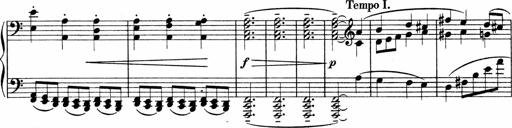
Title: Sonatina No.4
Composer: Abram Kimmell
Key: E minor